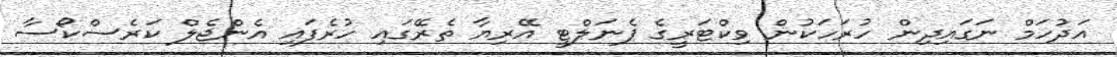
އަދުހަމް ނަގައިދިން ހުރަހަކުން ވިކްޓަރީގެ ޕެނަލްޓީ އޭރިޔާ ތެރޭގައި ހުރެފައި އެންޖެލް ކަރެސްކޯސާ